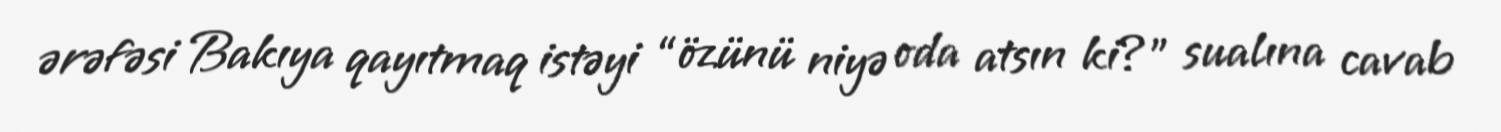
ərəfəsi Bakıya qayıtmaq istəyi “özünü niyə oda atsın ki?” sualına cavab